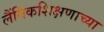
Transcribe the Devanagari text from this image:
लैंगिंकशिक्षणाच्या